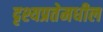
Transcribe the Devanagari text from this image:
दृश्यप्रतेमधील